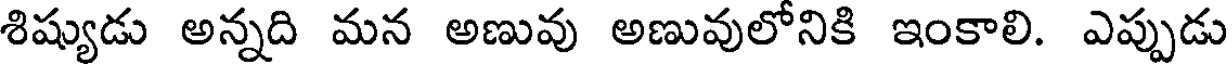
శిష్యుడు అన్నది మన అణువు అణువులోనికి ఇంకాలి. ఎప్పుడు